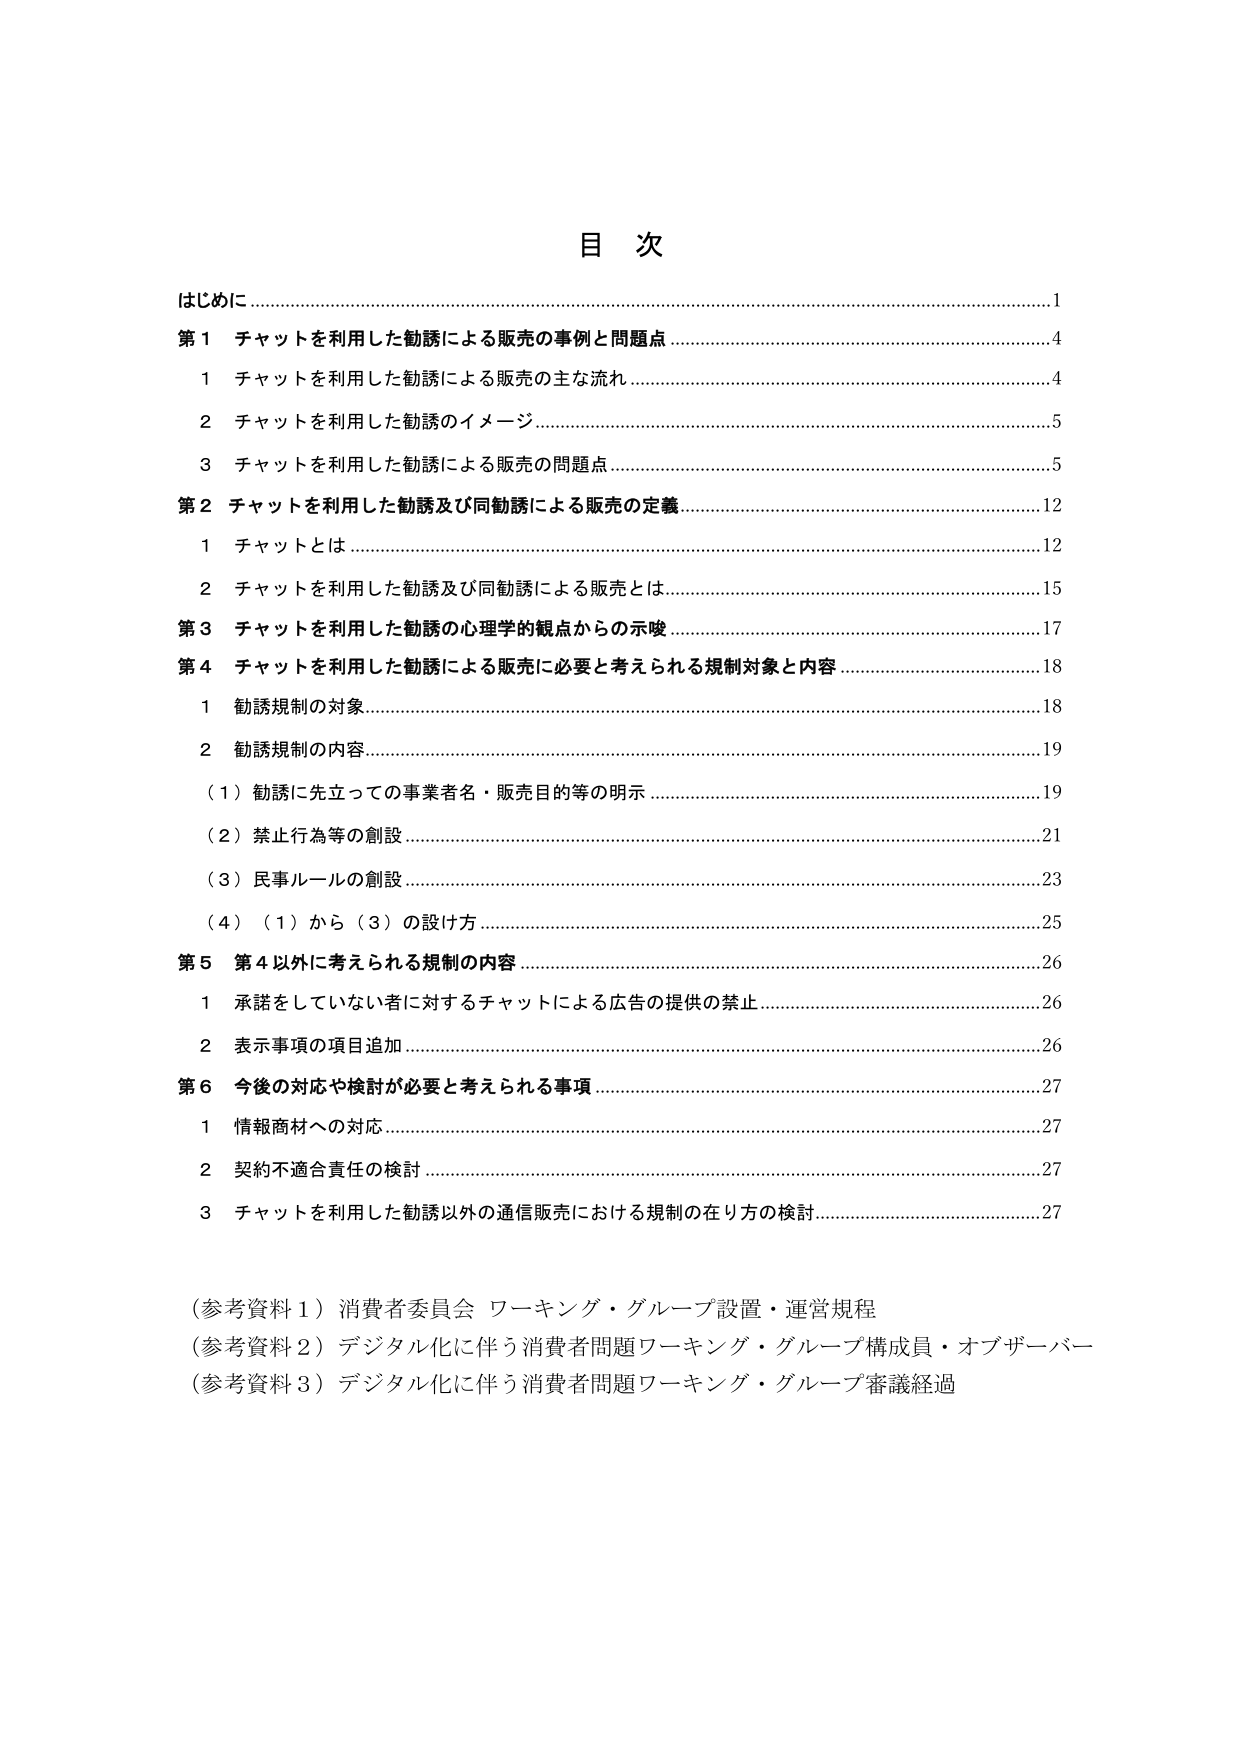
目 次
はじめに……………………………………………………………………………………………1
第１ チャットを利用した勧誘による販売の事例と問題点……………………………………4
　　１ チャットを利用した勧誘による販売の主な流れ………………………………………4
　　２ チャットを利用した勧誘のイメージ……………………………………………………5
　　３ チャットを利用した勧誘による販売の問題点…………………………………………5
第２ チャットを利用した勧誘及び同勧誘による販売の定義………………………………12
　　１ チャットとは……………………………………………………………………………12
　　２ チャットを利用した勧誘及び同勧誘による販売とは…………………………………15
第３ チャットを利用した勧誘の心理学的観点からの示唆…………………………………17
第４ チャットを利用した勧誘による販売に必要と考えられる規制対象と内容……………18
　　１ 勧誘規制の対象…………………………………………………………………………18
　　２ 勧誘規制の内容…………………………………………………………………………19
　　　（１）勧誘に先立っての事業者名・販売目的等の明示…………………………………19
　　　（２）禁止行為等の創設…………………………………………………………………21
　　　（３）民事ルールの創設…………………………………………………………………23
　　　（４）（１）から（３）の設け方…………………………………………………………25
第５ 第４以外に考えられる規制の内容………………………………………………………26
　　１ 承諾をしていない者に対するチャットによる広告の提供の禁止……………………26
　　２ 表示事項の項目追加……………………………………………………………………26
第６ 今後の対応や検討が必要と考えられる事項……………………………………………27
　　１ 情報商材への対応………………………………………………………………………27
　　２ 契約不適合責任の検討…………………………………………………………………27
　　３ チャットを利用した勧誘以外の通信販売における規制の在り方の検討……………27

（参考資料１）消費者委員会 ワーキング・グループ設置・運営規程
（参考資料２）デジタル化に伴う消費者問題ワーキング・グループ構成員・オブザーバー
（参考資料３）デジタル化に伴う消費者問題ワーキング・グループ審議経過